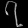
Digit: ၇